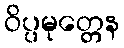
ဝိပ္ပမုတ္တေန